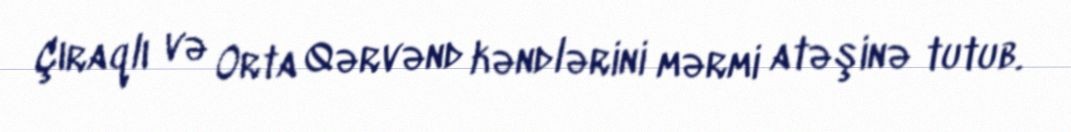
Çıraqlı və Orta Qərvənd kəndlərini mərmi atəşinə tutub.